Plague in India, 1896, 1897 - Volume 2
Year: 1896
Disease focus: Plague
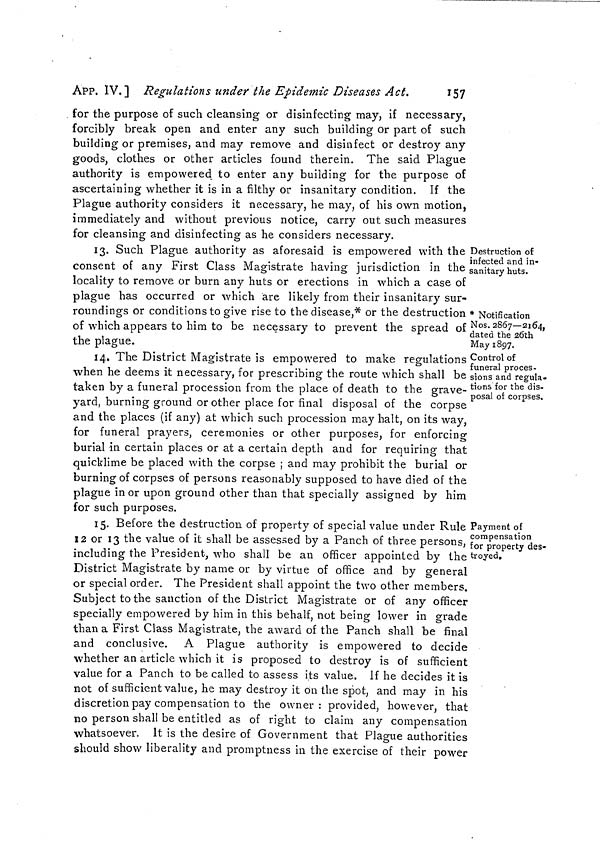
APP. IV. ] Regulations under the Epidemie Diseases Act.
157
for the purpose of such cleansing or disinfecting may, if necessary,
forcibly break open and enter any such building or part of such
building or premises, and may remove and disinfect or destroy any
goods, clothes or other articles found therein. The said Plague
authority is empowered to enter any building for the purpose of
ascertaining whether it is in a filthy or insanitary condition. If the
Plague authority considers it necessary, he may, of his own motion,
immediately and without previous notice, carry out such measures
for cleansing and disinfecting as he considers necessary.
Destruction of
infected and in-
sanitary huts.
13. Such Plague authority as aforesaid is empowered with the
consent of any First Class Magistrate having jurisdiction in the,
locality to remove or burn any huts or erections in which a case of
plague has occurred or which are likely from their insanitary sur-
* Notification
Nos. 2867—2164,
dated the 20th
May 1897.
Control of
funeral proces-
sions and regula-
tions for the dis-
posal of corpses.
roundings or conditions to give rise to the disease,* or the destruction
of which appears to him to be necessary to prevent the spread of
the plague.
14. The District Magistrate is empowered to make regulations
when he deems it necessary, for prescribing the route which shall be
taken by a funeral procession from the place of death to the grave-
yard, burning ground or other place for final disposal of the corpse
and the places (if any) at which such procession may halt, on its way,
for funeral prayers, ceremonies or other purposes, for enforcing
burial in certain places or at a certain depth and for requiring that
quicklime be placed with the corpse ; and may prohibit the burial or
burning of corpses of persons reasonably supposed to have died of the
plague in or upon ground other than that specially assigned by him
for such purposes.
Payment of
compensation
for property des-
troyed.
15. Before the destruction of property of special value under Rule
12 or 13 the value of it shall be assessed by a Panch of three persons,
including the President, who shall be an officer appointed by the
District Magistrate by name or by virtue of office and by general
or special order. The President shall appoint the two other members.
Subject to the sanction of the District Magistrate or of any officer
specially empowered by him in this behalf, not being lower in grade
than a First Class Magistrate, the award of the Panch shall be final
and conclusive. A Plague authority is empowered to decide
whether an article which it is proposed to destroy is of sufficient
value for a Panch to be called to assess its value. If he decides it is
not of sufficient value, he may destroy it on the spot, and may in his
discretion pay compensation to the owner : provided, however, that
no person shall be entitled as of right to claim any compensation
whatsoever. It is the desire of Government that Plague authorities
should show liberality and promptness in the exercise of their power